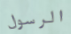
الرسول